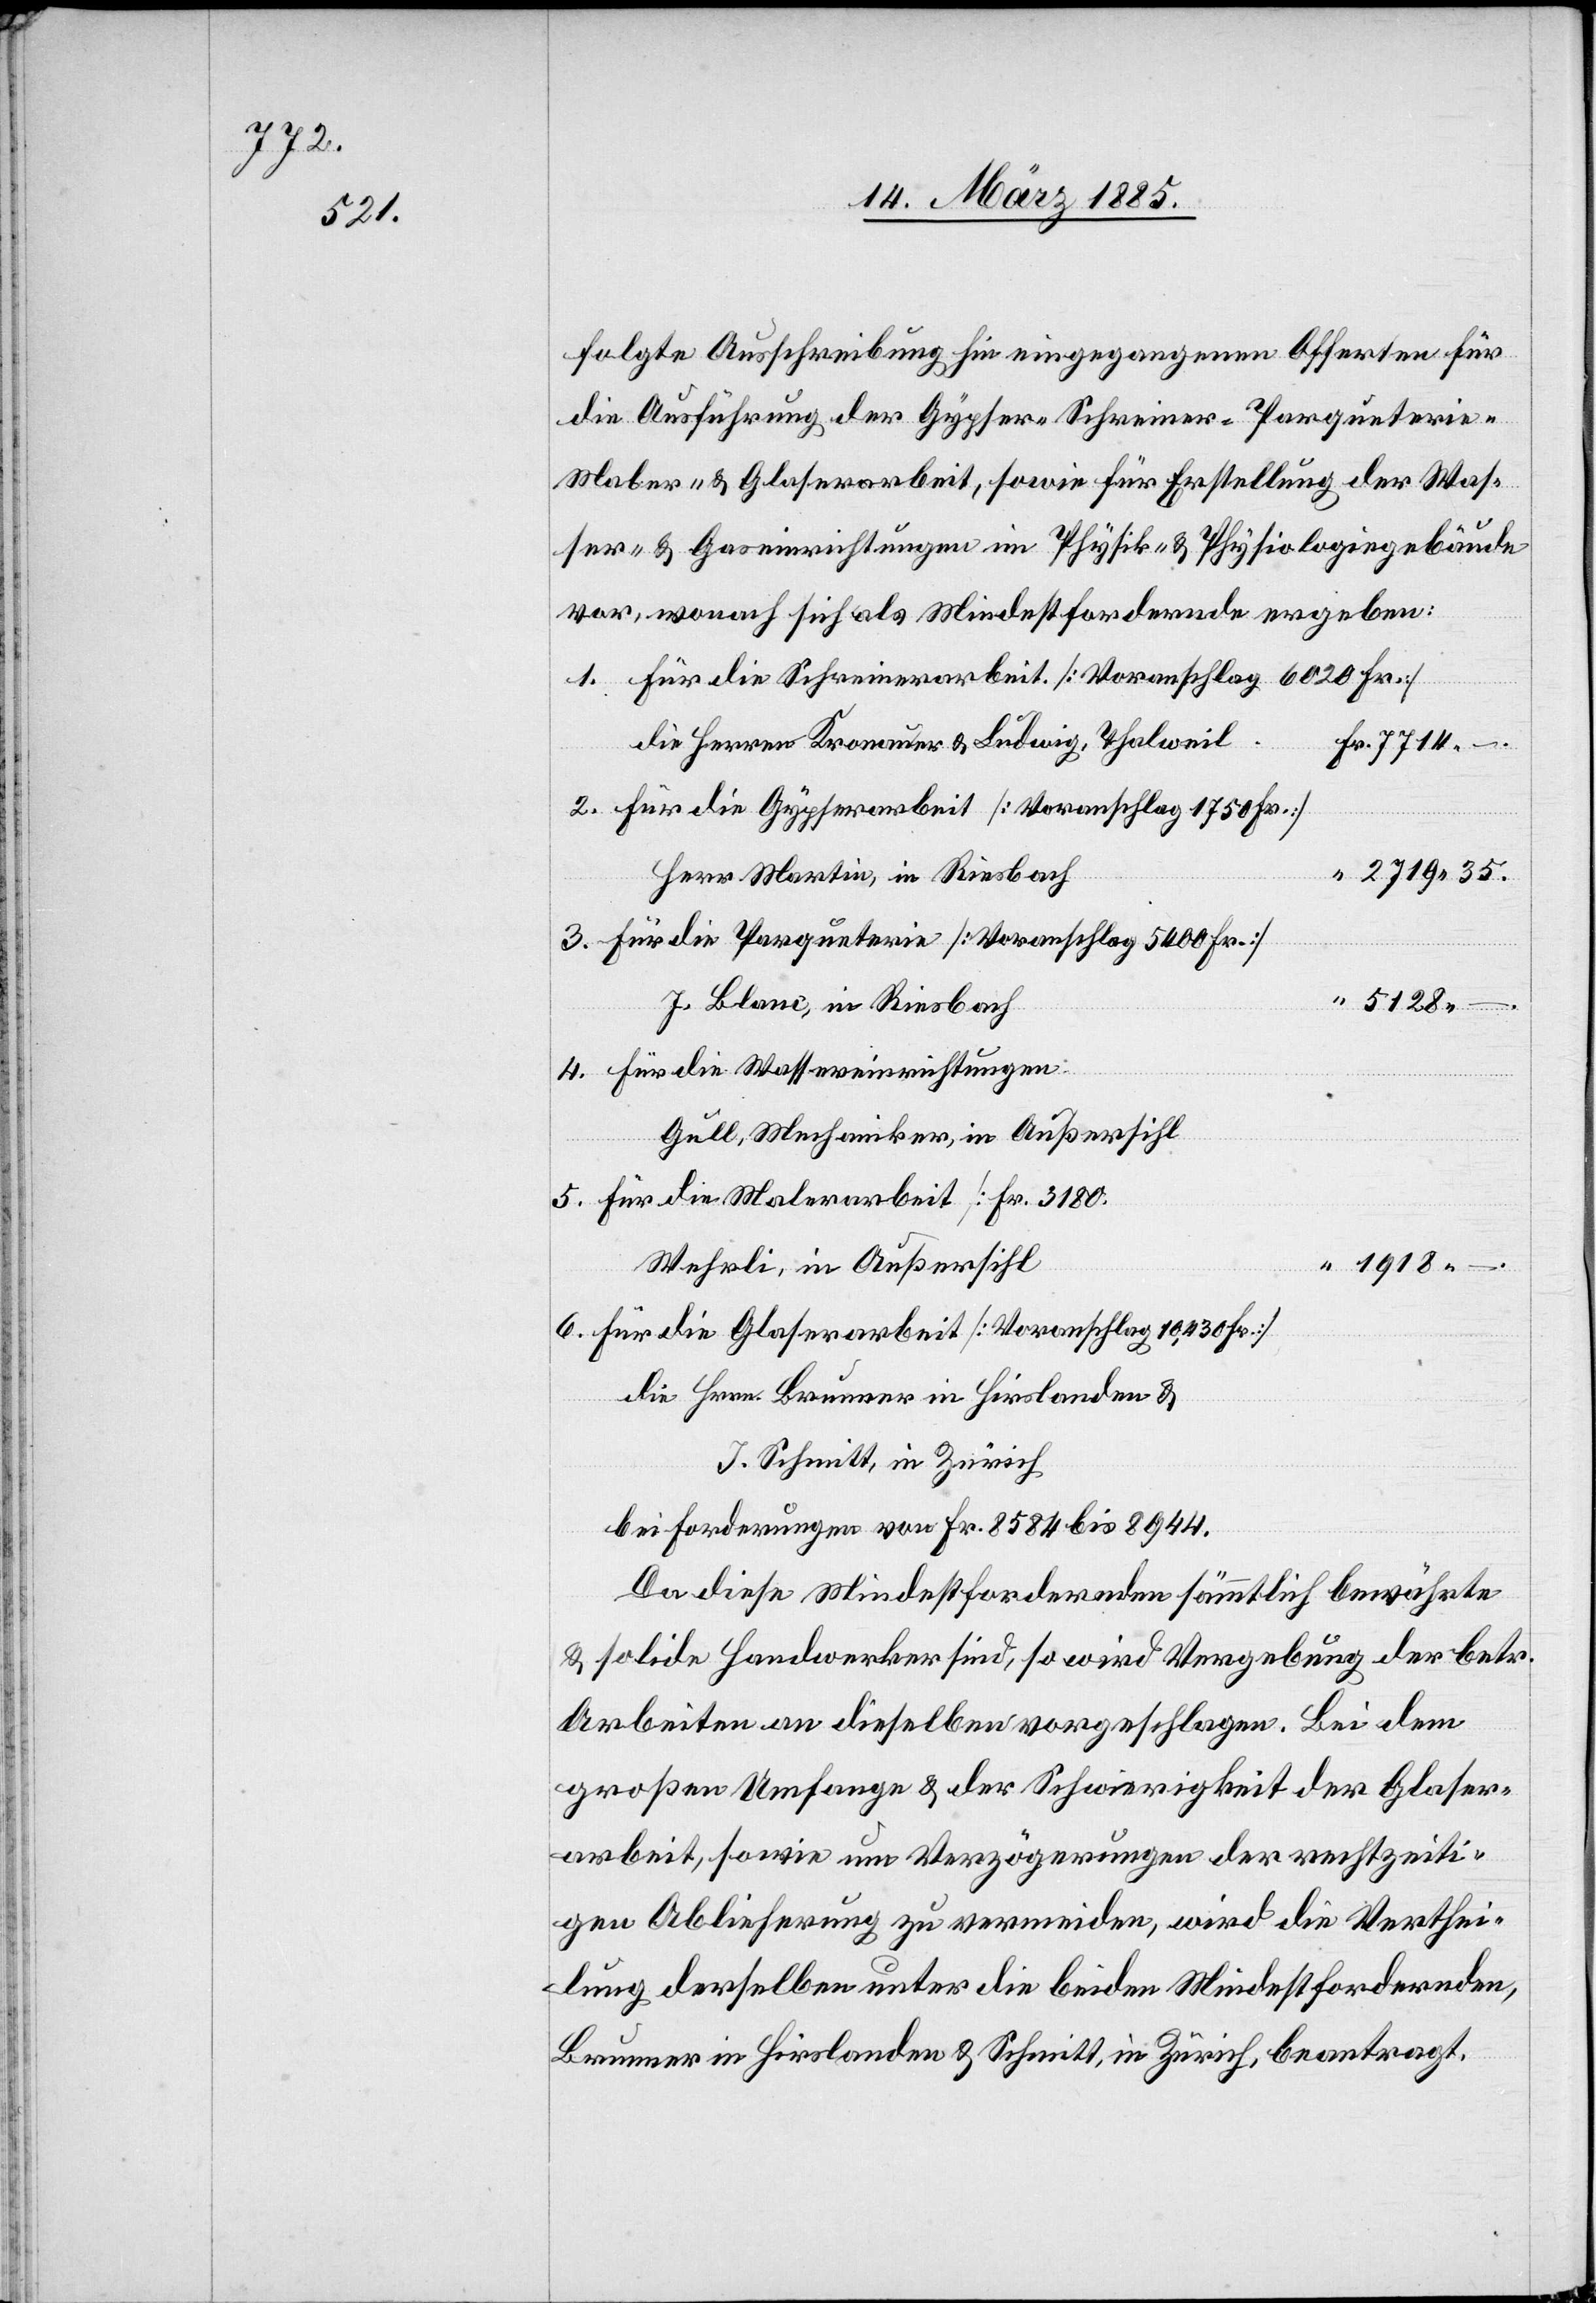
7714.

folgte Ausschreibung hin eingegangenen Offerten für
die Ausführung der Gypser-[,] Schreiner-[,] Parqueteri¬
Maler- & Glaserarbeit, sowie für Erstellung der Was¬
ser- & Gaseinrichtungen im Physik- & Physiologiegebäude
vor, wonach sich als Mindestfordernde ergeben:
Für die Schreinerarbeit [Voranschlag 6020 Fr.]
die Herren Kronauer & Ludwig, Thalweil
Für die Gypserarbeit [Voranschlag 1750 Fr.]
Herr Martin, in Riesbach
Für die Parqueterie [Voranschlag 5400 Fr.]
4.
5128
J. Blanc, in Riesbach
Für die Wassereinrichtungen
Gull, Mechaniker, in Außersihl
Für die Malerarbeit [Fr. 3180]
Wehrli, in Außersihl
Für die Glaserarbeit [Voranschlag 10,430 Fr.]
Fr.
die Hrn. Brunner in Hirslanden &
J. Schmitt, in Zürich
bei Forderungen von Fr. 8584 bis 8944.
Da diese Mindestfordernden sämmtlich bewährte
& solide Handwerker sind, so wird Vergebung der betr.
Arbeiten an dieselben vorgeschlagen. Bei dem
großen Umfange & der Schwierigkeit der Glaser¬
arbeit, sowie um Verzögerungen der rechtzeiti¬
gen Ablieferung zu vermeiden, wird die Verthei¬
lung derselben unter die beiden Mindestfordernden,
Brunner in Hirslanden & Schmitt, in Zürich beantragt.